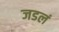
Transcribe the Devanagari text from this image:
जडलं